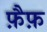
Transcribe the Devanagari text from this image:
फ़ैफ़